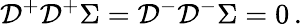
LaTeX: {\cal D}^{+}{\cal D}^{+}\Sigma={\cal D}^{-}{\cal D}^{-}\Sigma=0\, .